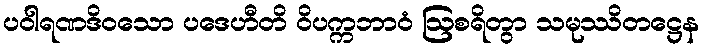
ပဝါရဏဒိဝသော ပဒေဟီတိ ဝိပက္ကဘာဝံ ဩစရိတွာ သမုဿိတဋ္ဌေန